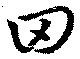
田